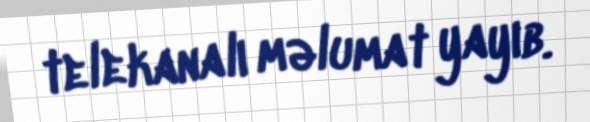
telekanalı məlumat yayıb.